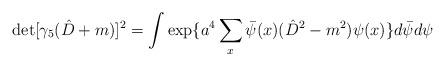
LaTeX: \begin{align*}\det[\gamma_5( \hat{D}+m)]^2= \int \exp \{a^4 \sum_x\bar{\psi}(x)( \hat{D}^2-m^2) \psi(x) \} d \bar{ \psi}d \psi \end{align*}